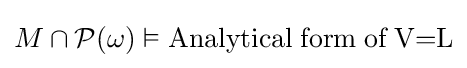
M\cap {\mathcal {P}}(\omega )\vDash {\textrm {Analytical}}\;{\textrm {form}}\;{\textrm {of}}\;{\textrm {V=L}}